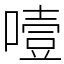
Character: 噎